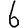
Digit: 6